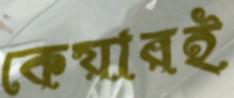
কেয়ারই